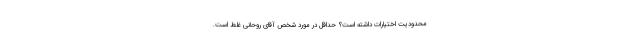
محدودیت اختیارات داشته است؟ حداقل در مورد شخص آقای روحانی غلط است.